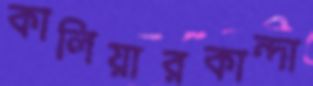
কালিয়ারকান্দা